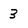
Character: 3